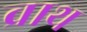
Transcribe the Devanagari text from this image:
व्राथ